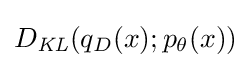
D_{\mathit {KL}}(q_{D}(x);p_{\theta }(x))